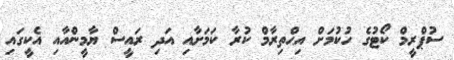
ސުޕްރީމް ކޯޓުގެ ހުކުމަށް އިޙްތިރާމް ކުރާ ކަމަށާއި އަދި ރައީސް ޔާމީންއާއި އެކީގައި